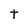
Character: t